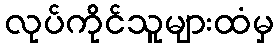
လုပ်ကိုင်သူများထံမှ